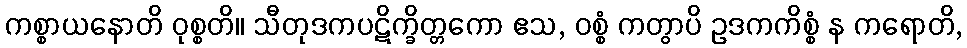
ကစ္စာယနောတိ ဝုစ္စတိ။ သီတုဒကပဋိက္ခိတ္တကော ဧသ, ဝစ္စံ ကတွာပိ ဥဒကကိစ္စံ န ကရောတိ,